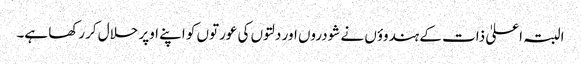
البتہ اعلیٰ ذات کے ہندوؤں نے شودروں اور دلتوں کی عورتوں کو اپنے اوپر حلال کررکھا ہے۔